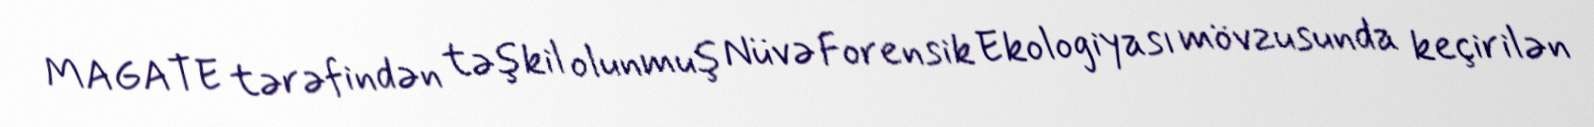
MAGATE tərəfindən təşkil olunmuş Nüvə Forensik Ekologiyası mövzusunda keçirilən